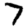
Digit: 7